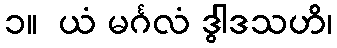
၁။  ယံ မင်္ဂလံ ဒွါဒသဟိ၊